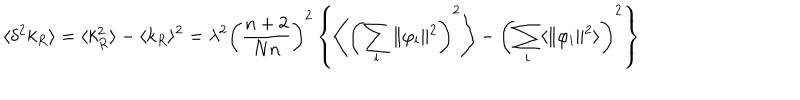
LaTeX: \langle \delta ^ { 2 } k _ { R } \rangle = \langle k _ { R } ^ { 2 } \rangle - \langle k _ { R } \rangle ^ { 2 } = \lambda ^ { 2 } \left( \frac { n + 2 } { N n } \right) ^ { 2 } \left\{ \left\langle \left( \sum _ { \bf i } \Vert \varphi _ { \bf i } \Vert ^ { 2 } \right) ^ { 2 } \right\rangle - \left( \sum _ { \bf i } \langle \Vert \varphi _ { \bf i } \Vert ^ { 2 } \rangle \right) ^ { 2 } \right\}